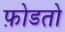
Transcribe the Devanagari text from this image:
फ़ोडतो